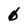
Character: 0